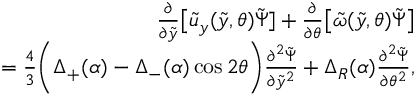
\begin{array} { r l r } & { } & { \frac { \partial } { \partial \tilde { y } } \big [ \tilde { u } _ { y } ( \tilde { y } , \theta ) \tilde { \Psi } ] + \frac { \partial } { \partial \theta } \big [ \tilde { \omega } ( \tilde { y } , \theta ) \tilde { \Psi } \big ] } \\ & { } & { \qquad \, \, \, = \frac { 4 } { 3 } \bigg ( \Delta _ { + } ( \alpha ) - \Delta _ { - } ( \alpha ) \cos { 2 \theta } \bigg ) \frac { \partial ^ { 2 } \tilde { \Psi } } { \partial \tilde { y } ^ { 2 } } + \Delta _ { R } ( \alpha ) \frac { \partial ^ { 2 } \tilde { \Psi } } { \partial \theta ^ { 2 } } , } \end{array}